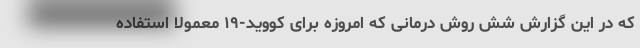
که در این گزارش شش روش درمانی که امروزه برای کووید-۱۹ معمولا استفاده